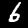
Digit: 6